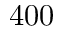
4 0 0